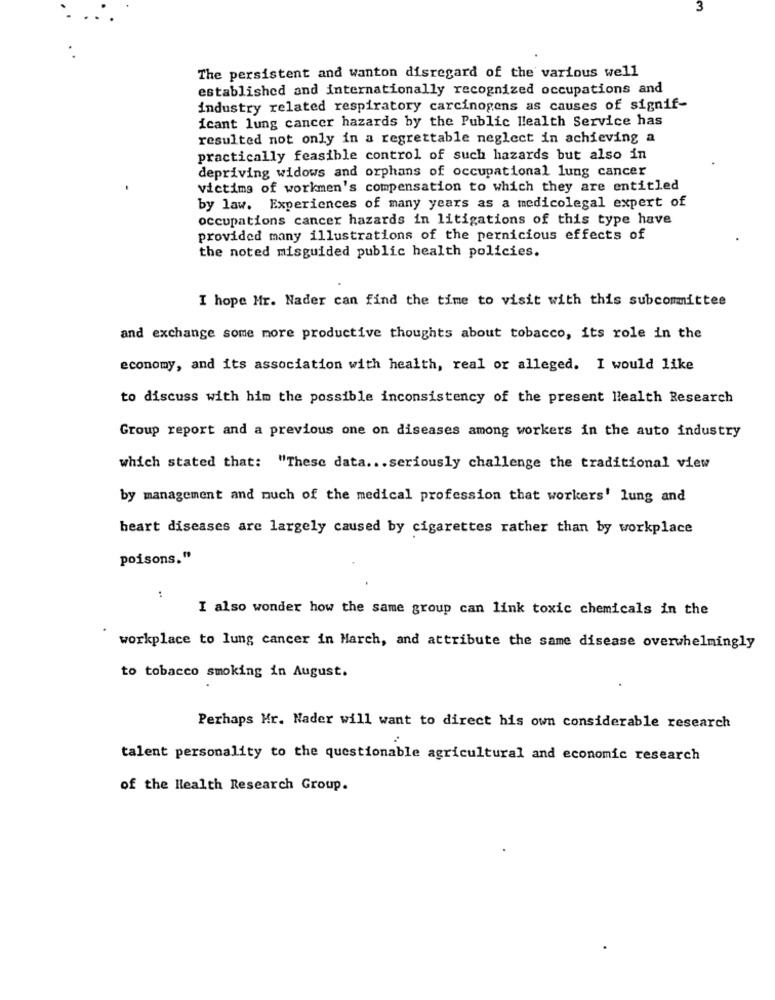
3
The persistent and wanton disregard of the various well
established and internationally recognized occupations and
industry related respiratory carcinogens as causes of signif-
icant lung cancer hazards by the Public Health Service has
resulted not only in a regrettable neglect in achieving a
practically feasible control of such hazards but also in
depriving widows and orphans of occupational lung cancer
victims of workmen's compensation to which they are entitled
by law. Experiences of many years as a medicolegal expert of
occupations cancer hazards in litigations of this type have
provided many illustrations of the pernicious effects of
the noted misguided public health policies.
I hope Mr. Nader can find the time to visit with this subcommittee
and exchange some more productive thoughts about tobacco, its role in the
economy, and its association with health, real or alleged. I would like
to discuss with him the possible inconsistency of the present Health Research
Group report and a previous one on diseases among workers in the auto industry
which stated that: "These data ... seriously challenge the traditional view
by management and much of the medical profession that workers' lung and
heart diseases are largely caused by cigarettes rather than by workplace
poisons."
:
I also wonder how the same group can link toxic chemicals in the
workplace to lung cancer in March, and attribute the same disease overwhelmingly
to tobacco smoking in August.
Perhaps Mr. Nader will want to direct his own considerable research
talent personality to the questionable agricultural and economic research
of the Health Research Group.